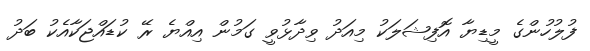
ފުލުހުންގެ މީޑިޔާ އޮފިޝަލަކު މިއަދު ވިދާޅުވީ ގަމުން އިއްޔެ ރޭ ކުޑައްޖަކާއެކު ބަދު